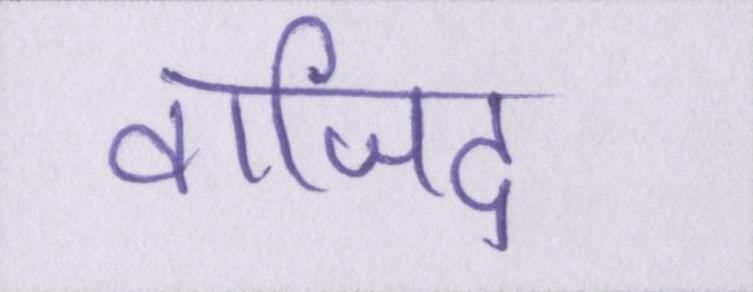
वाजिद